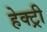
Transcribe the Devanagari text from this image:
हेक्ट्री